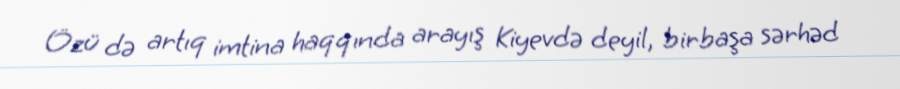
Özü də artıq imtina haqqında arayış Kiyevdə deyil, birbaşa sərhəd